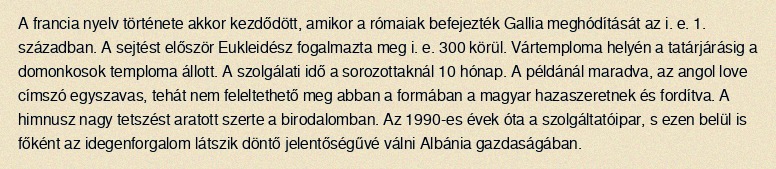
A francia nyelv története akkor kezdődött, amikor a rómaiak befejezték Gallia meghódítását az i. e. 1. században. A sejtést először Eukleidész fogalmazta meg i. e. 300 körül. Vártemploma helyén a tatárjárásig a domonkosok temploma állott. A szolgálati idő a sorozottaknál 10 hónap. A példánál maradva, az angol love címszó egyszavas, tehát nem feleltethető meg abban a formában a magyar hazaszeretnek és fordítva. A himnusz nagy tetszést aratott szerte a birodalomban. Az 1990-es évek óta a szolgáltatóipar, s ezen belül is főként az idegenforgalom látszik döntő jelentőségűvé válni Albánia gazdaságában.